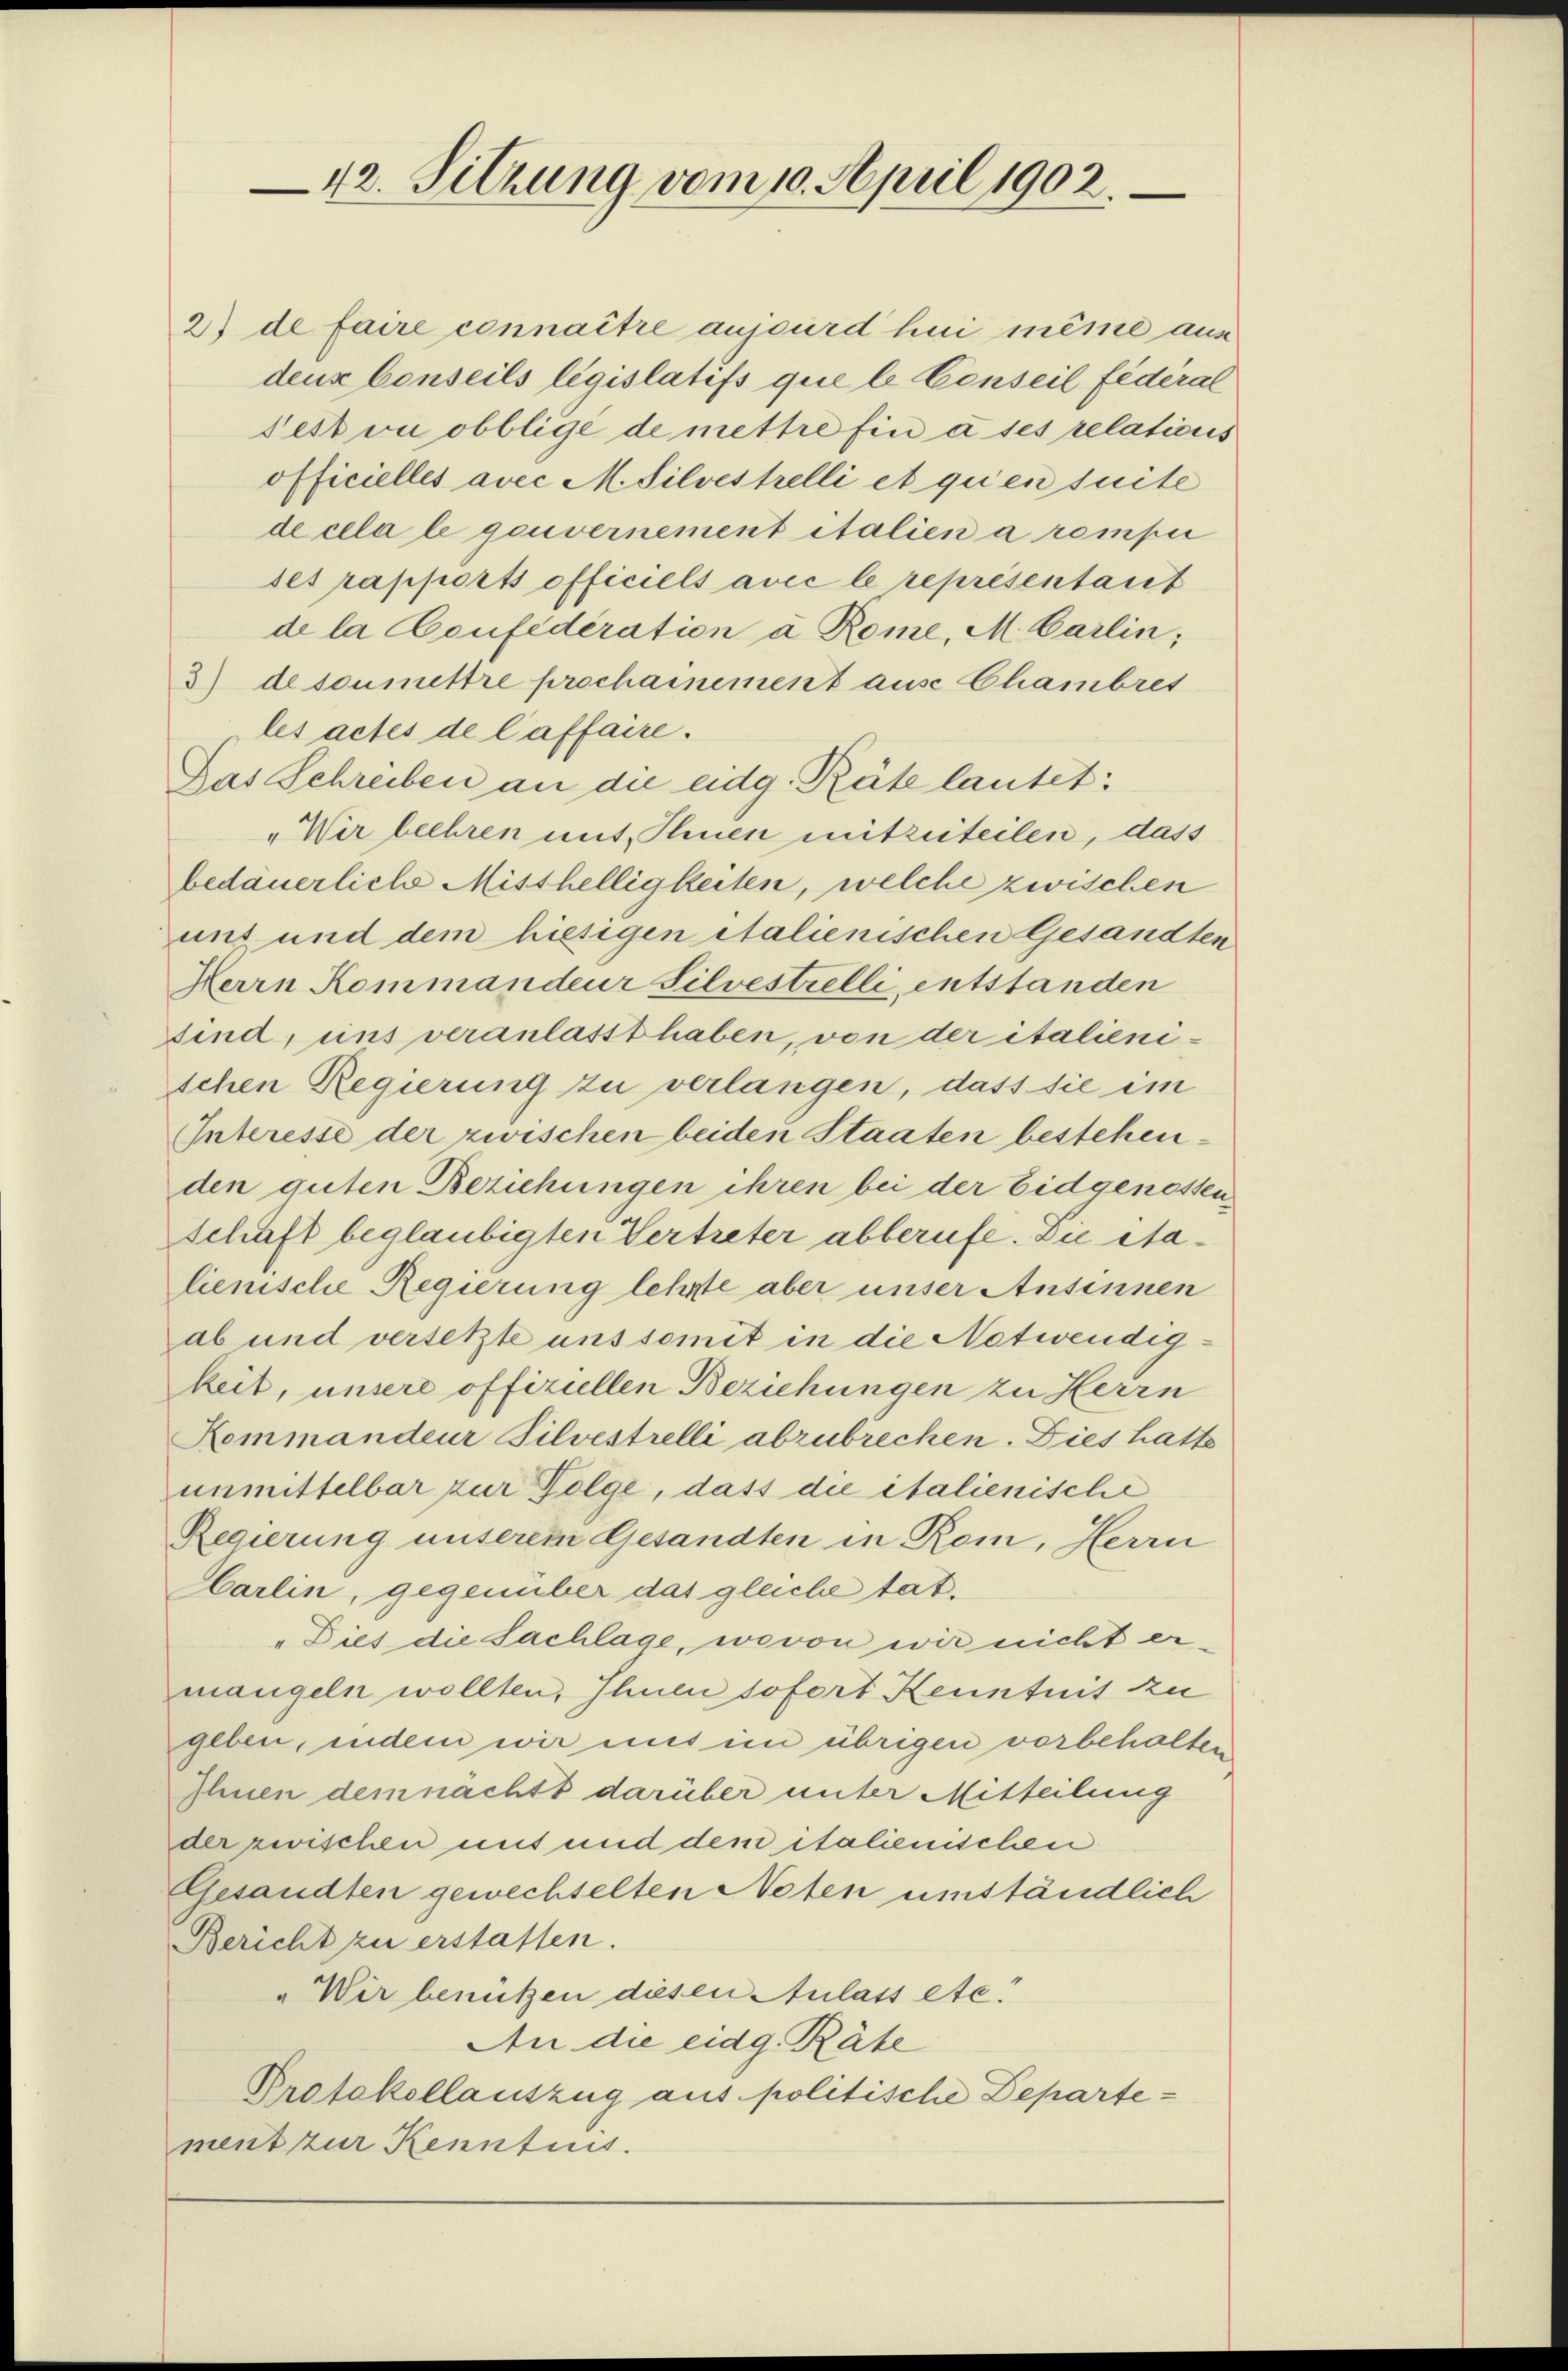
42. Sitzung vom 10. April 1902.

Peston obblige de mettre fin à ses relations
officielles avec M. Silvestrelli et qu’en suite
de cela le gouvernement italien a rompei
ses rapports officiels avec le représentaret
de la Confederation à Rome, M. Carlin,
3) de soumettre prochannement ause Chambret
les actes de laffaire.
Das Schreiben an die eidg. Räte lautet:
„Wir beehren mit Ihnen mitzuteilen, dass
bedauerliche Misshelligkeiten, welche zwischen
uns und dem hiesigen italienischen Gesandten
Herrn Kommandeur Silvestrelli, entstanden
sind, uns veranlasst haben, von der italienischen Regierung zu verlangen, dass sie im
Interesse der zwischen beiden Staaten bestehenden guten Beziehungen ihren bei der Eidgenossen,
Schäft beglaubigten Vertreter abberufe. Die italienische Regierung lehrte aber unser Ansinnen
ab und versetzte uns somit in die Notwendigkeit, unsere offiziellen Beziehungen zu Herrn
Kommandeur Silvestrelli abzubrechen. Dies hatte
unmittelbar zur Folge, dass die italienische
Regierung unserem Gesandten in Rom, Herrn
Harlin, gegenüber das gleiche tat.
" Dies die Sachlage, wovon wir nicht ermangeln wollten, Ihnen sofort Kenntnis zu
geben, indem wir uns im übrigen vorbehalten
Ihnen dem nachst darüber unter Mitteilung
der zwischen mit und dem italienischen
Gesandten gewechselten Noten umständlich
Bericht zu erstatten.
„Wir benützen diesen Aulass etc.
An die eidg. Räte
Protokollauszug aus politische Departement zur Kenntnis.

2) de faire connaître aussurd hui même aus
denz benseils législatifs que le Conseil fédéral